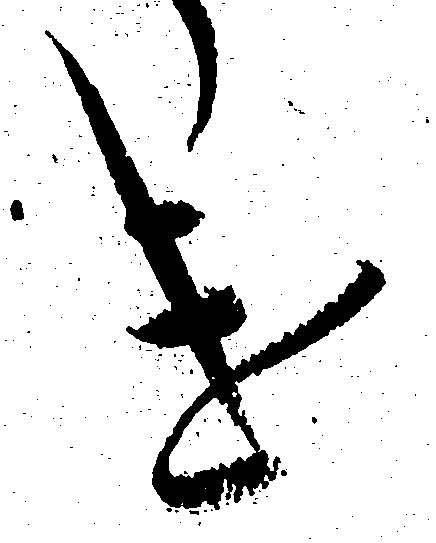
け